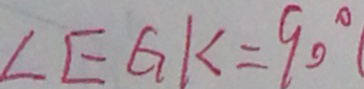
\angle E G K = 9 0 ^ { \circ } (